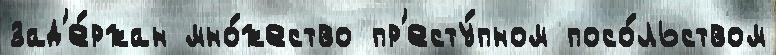
зад'е́ржан мно́жество пр'есту́пном посо́льством